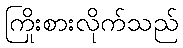
ကြိုးစားလိုက်သည်